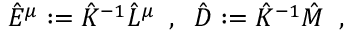
\hat { E } ^ { \mu } : = \hat { K } ^ { - 1 } \hat { L } ^ { \mu } \; \; , \; \; \hat { D } : = \hat { K } ^ { - 1 } \hat { M } \; \; ,